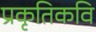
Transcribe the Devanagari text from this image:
प्रकृतिकवि